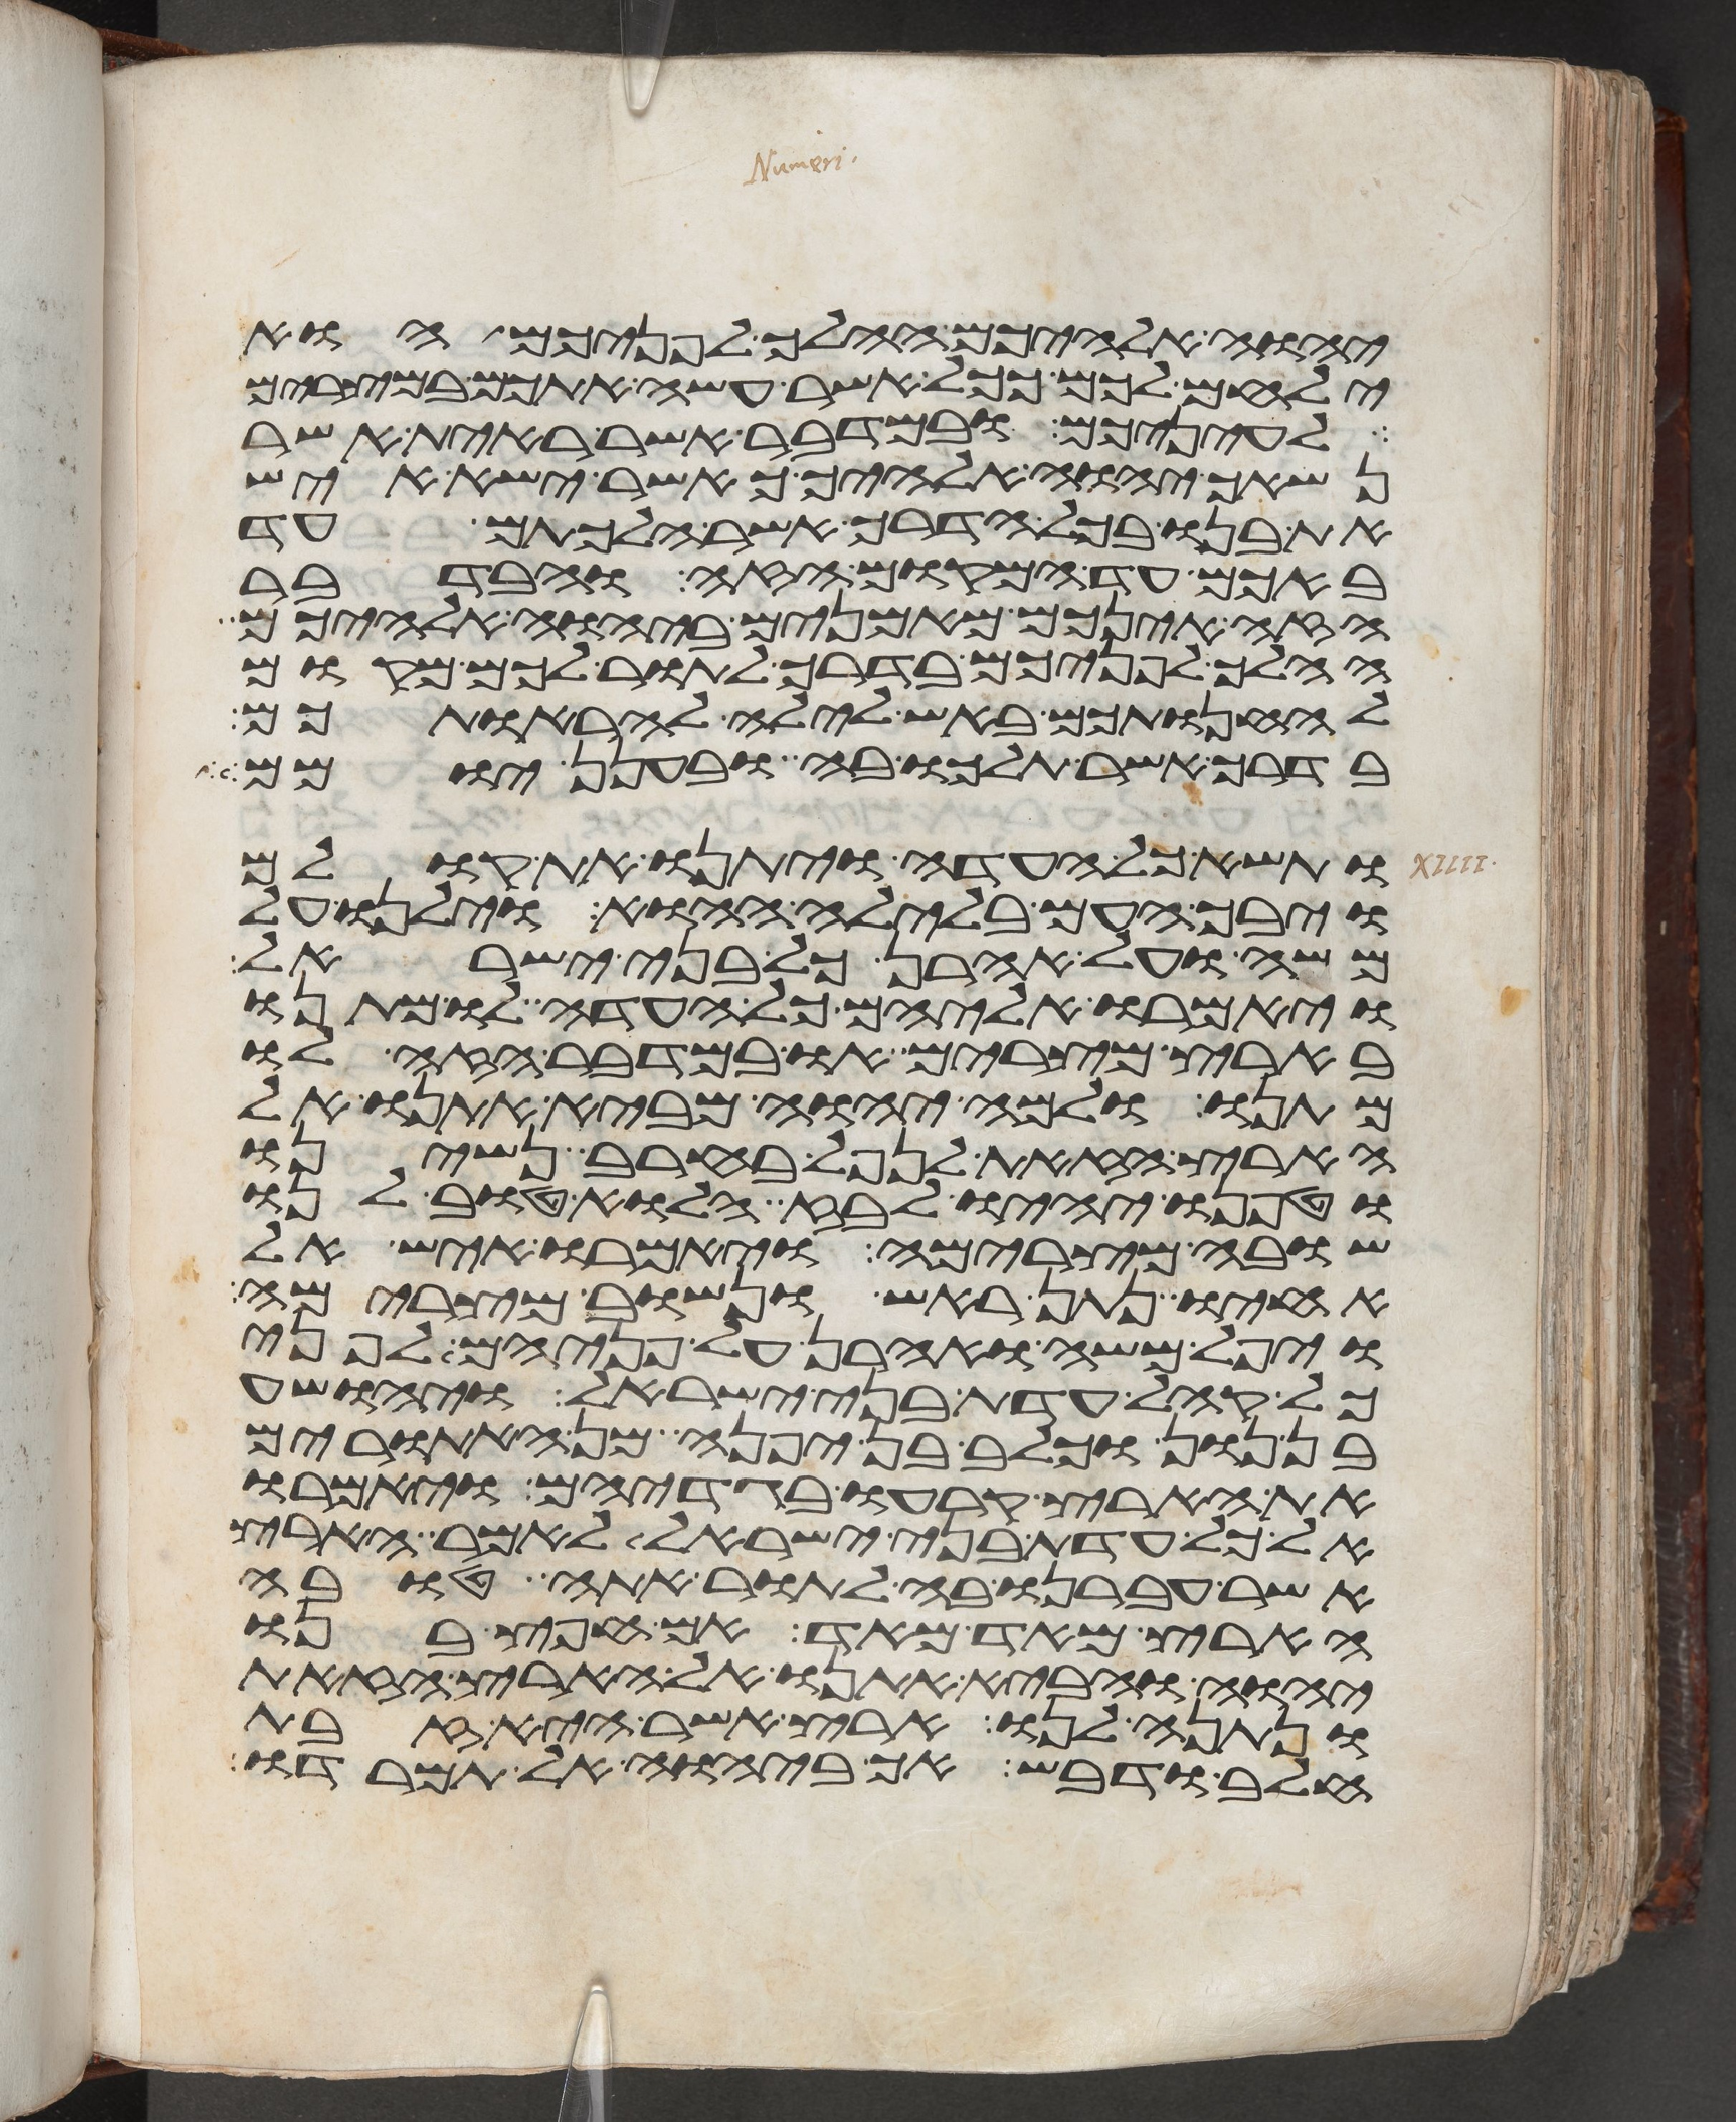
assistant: יהוה אלהיכם ההלך לפניכם הוא
ילחם לכם ככל אשר עשה אתכם במצרים
לעיניכם ובמדבר אשר ראית אשר
נשאך יהוה אלהיך כאשר ישא איש
את בנו בכל הדרך אשר הלכתם עד
באכם עד המקום הזה ובדבר
הזה אינכם מאמנים ביהוה אלהיכם
ההלך לפניכם בדרך לתור לכם מקום
להחנותכם באש לילה להראותכם
בדרך אשר תלכו בה ובענן יומם
ותשא כל העדה ויתנו את קולם
ויבך העם בלילה ההוא וילנו על
משה ועל אהרן כל בני ישראל
ויאמרו אליהם כל העדה לו מתנו
בארץ מצרים או במדבר הזה לו
מתנו ולמה יהוה מביא אתנו אל
הארץ הזאת לנפל בחרב נשינו
וטפנו יהיו לבוז הלוא טוב לנו
שובה מצרימה ויאמרו איש אל
אחיו נתן ראש ונשוב מצרימה
ויפל משה ואהרן על פניהם לפני
כל קהל עדת בני ישראל ויהושע
נון וכלב בן יפנה מן האתורים
את הארץ קרעו בגדיהם ויאמרו
אל כל עדת בני ישראל לאמר הארץ
אשר עברנו בה לתור אתה טובה
הארץ מאד מאד אם חפץ בנו
יהוה והביא אתנו אל הארץ הזאת
ונתנה לנו ארץ אשר היא זבת
חלב ודבש אך ביהוה אל תמרדו